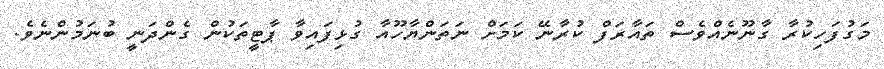
މަގުފަހިކުރާ ގާނޫނެއްވެސް ތައާރަފް ކުރާނޭ ކަމަށް ނަތަންޔާހޫއާ ގުޅިފައިވާ ޕާޓީތަކުން ގެންދަނީ ބުނަމުންނެވެ.